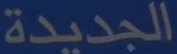
الجديدة